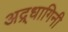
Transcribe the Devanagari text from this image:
अद्र्धागिनी